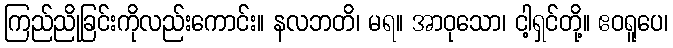
ကြည်ညိုခြင်းကိုလည်းကောင်း။ နလဘတိ၊ မရ။ အာဝုသော၊ ငါ့ရှင်တို့။ ဧဝရူပေ၊